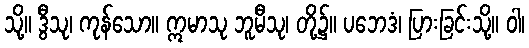
သို့။ ဒွီသု၊ ကုန်သော။ ဣမာသု ဘူမီသု၊ တို့၌။ ပဘေဒံ၊ ပြားခြင်းသို့။ ဝါ၊